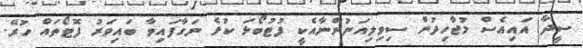
ސީދާ އައިއެސް މުޖާހިދުން ސިވިލިއަނުންނާއެކީ ފުޓުބޯޅަ ކުޅެ ނަގާފައިވާ ބައިވަރު ފޮޓޯތައް ހުރޭ.